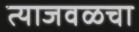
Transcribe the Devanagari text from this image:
त्याजवळचा